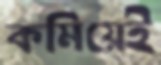
কমিয়েই